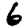
Digit: 6